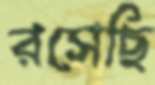
রসেছি